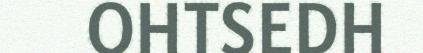
OHTSEDH